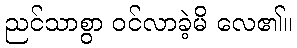
ညင်သာစွာ ဝင်လာခဲ့မိ လေ၏။